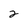
Character: 2